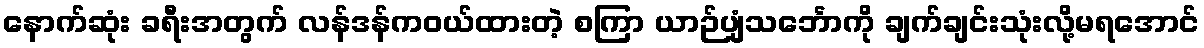
နောက်ဆုံး ခရီးအတွက် လန်ဒန်ကဝယ်ထားတဲ့ စကြာ ယာဉ်ပျံသင်္ဘောကို ချက်ချင်းသုံးလို့မရအောင်